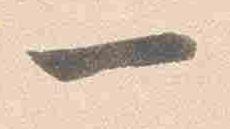
一